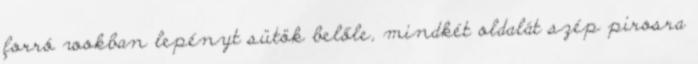
forró wokban lepényt sütök belőle, mindkét oldalát szép pirosra